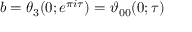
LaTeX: b = \theta _ { 3 } ( 0 ; e ^ { \pi i \tau } ) = \vartheta _ { 0 0 } ( 0 ; \tau )